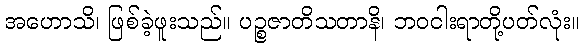
အဟောသိ၊ ဖြစ်ခဲ့ဖူးသည်။ ပဉ္စဇာတိသတာနိ၊ ဘဝငါးရာတို့ပတ်လုံး။